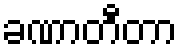
ခဏာတီတာ